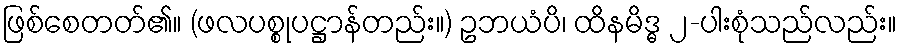
ဖြစ်စေတတ်၏။ (ဖလပစ္စုပဋ္ဌာန်တည်း။) ဥဘယံပိ၊ ထိနမိဒ္ဓ ၂-ပါးစုံသည်လည်း။